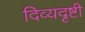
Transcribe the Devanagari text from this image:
दिव्यदृष्टी